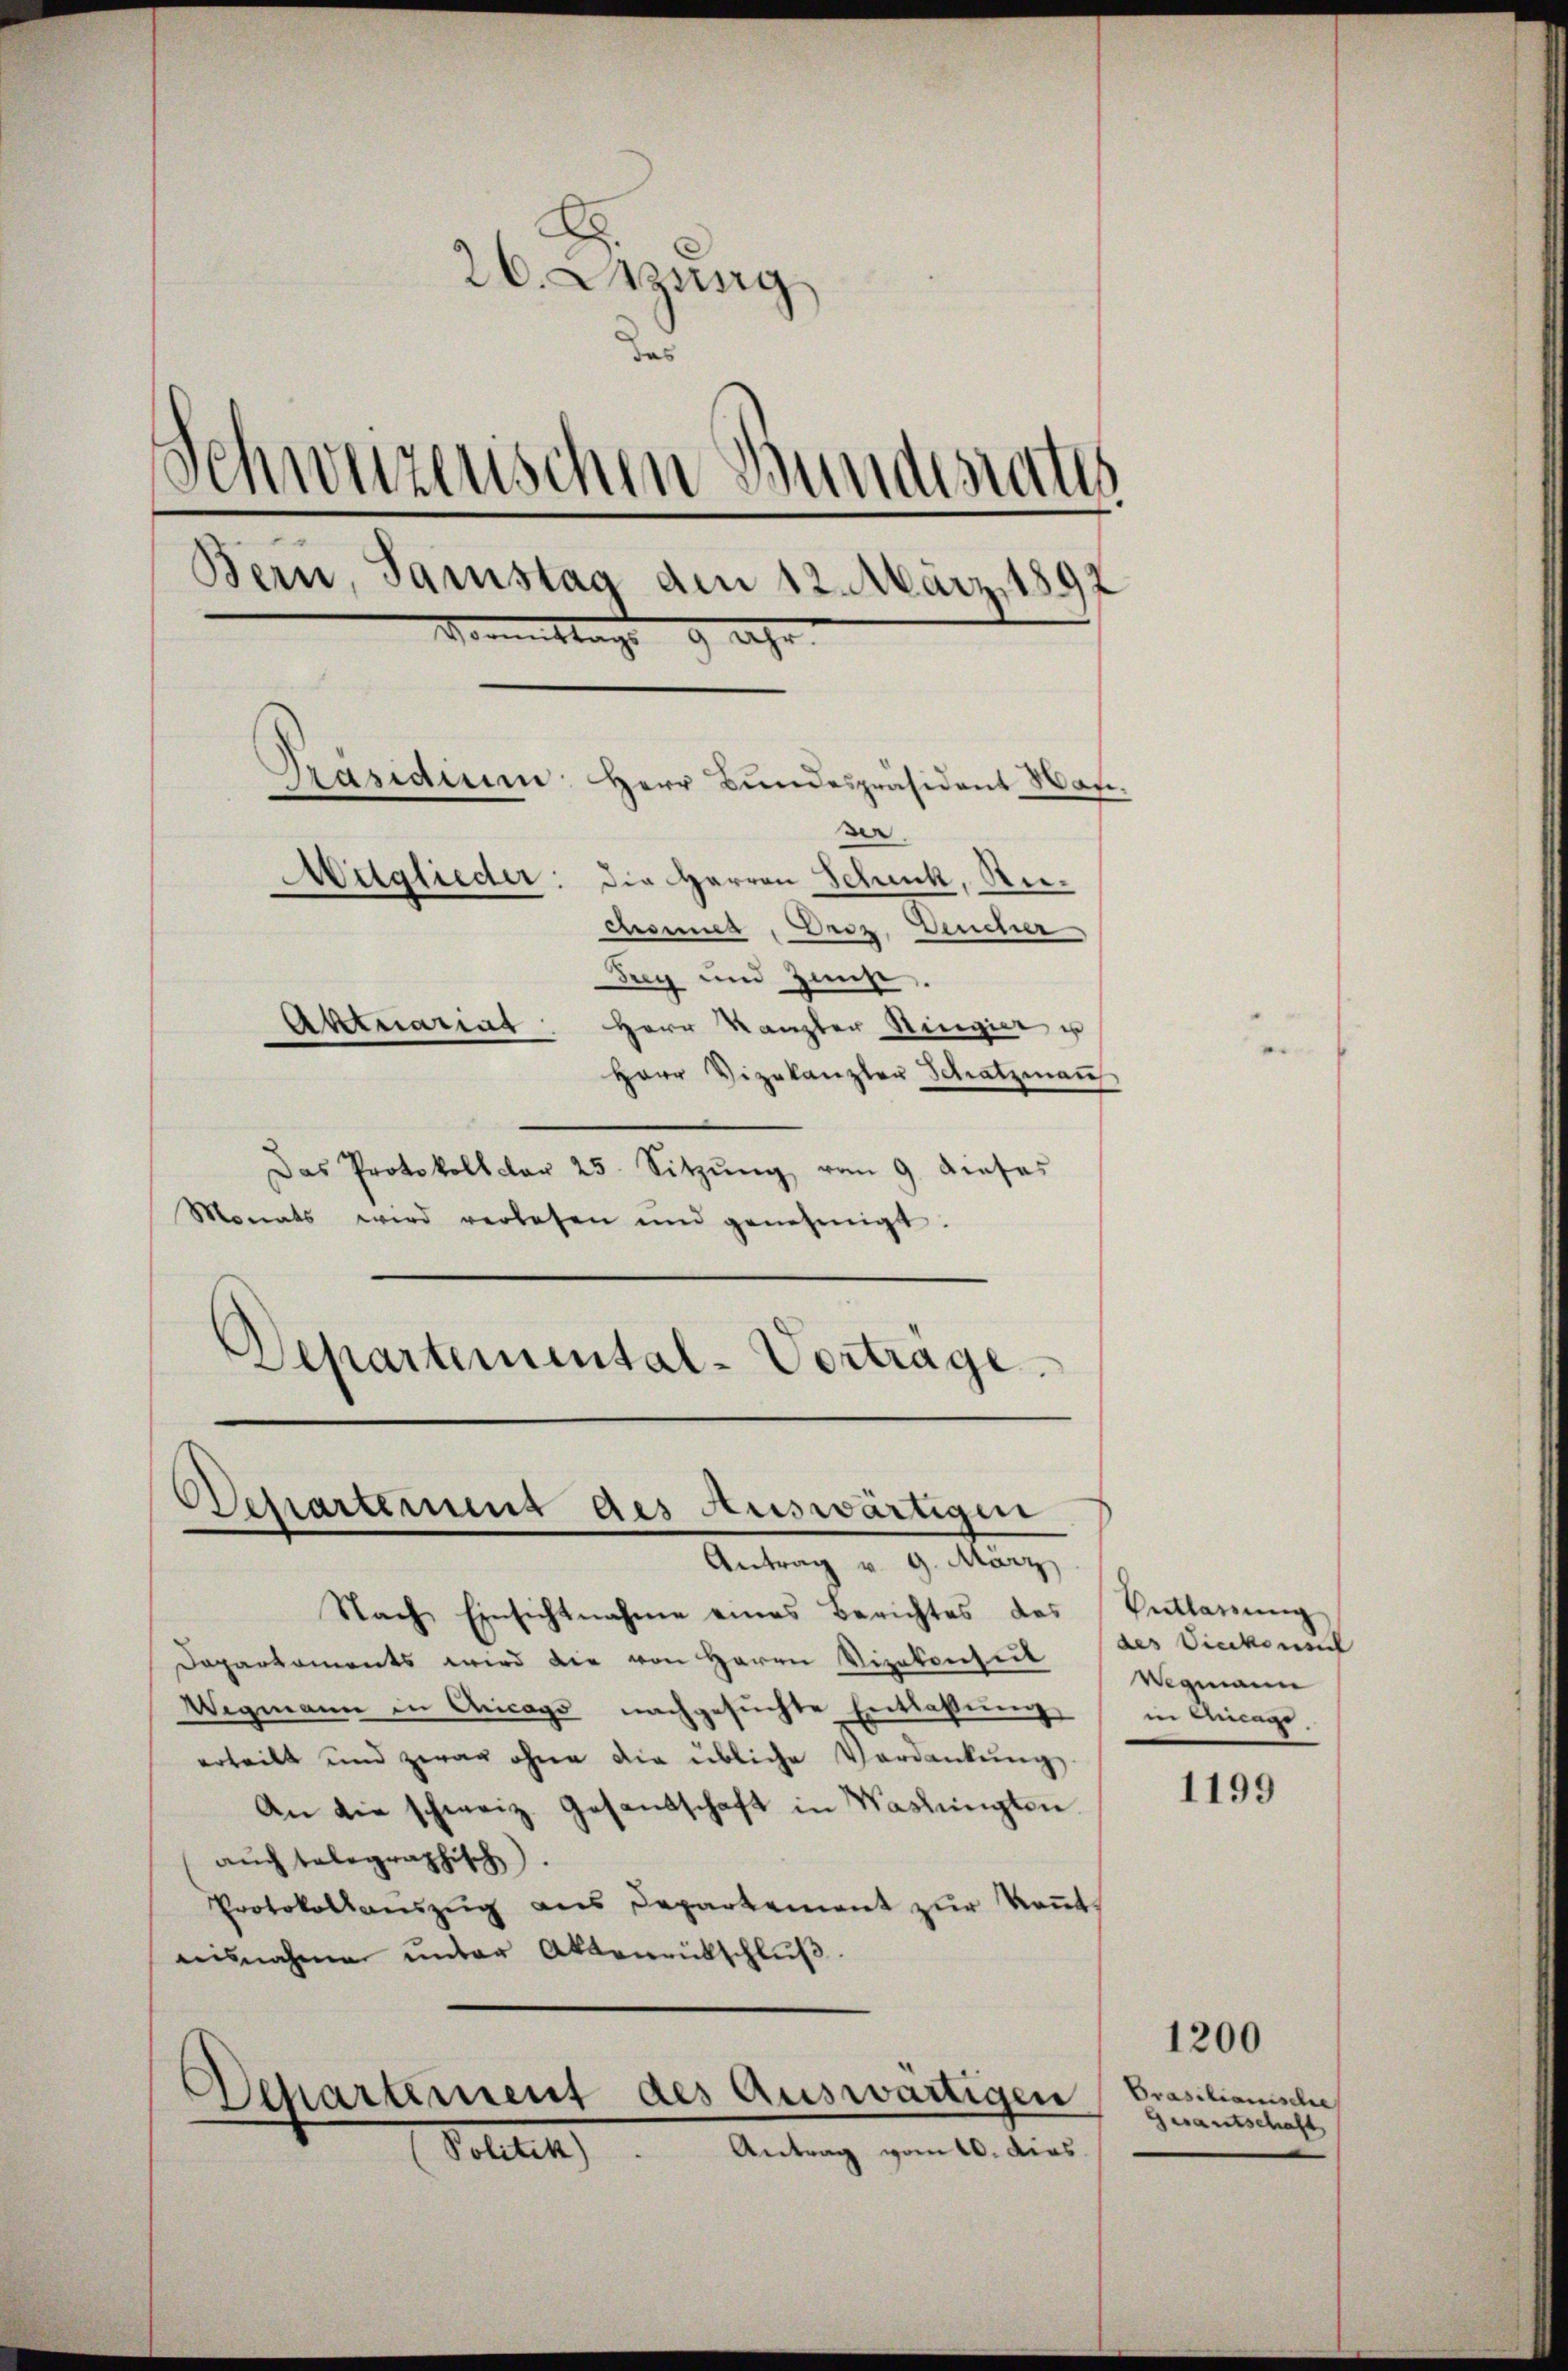
26. Sitzung
das
d
Schweizerischen Bundesrates
Bern, Samstag den 12. März 1897.
Vormittags 9 Uhr
Präsidium Herr Bundespräsident Wann
Mitglieder: die Herren Schenk, Rechsner, Proz. Deucher
Frey und Zunft.
Aktuariat Herr Kanzler Ringier u
Herr Vizekanzler Schatzman

Das Protokollator 25. Sitzŭng vom 9. dieses
Monats wird verlesen und genehmigt.
Departemental-Vortrage.

Nach Einsichtnahme eines Berichtes des
Daparkoments wird die von Herrn Vizekonseil (des Vickenit
Wegmann in Aricago nachgesuchte Entlassung
erteilt und zwar ohne die übliche Verdankŭng
An die schweiz. Gesandschaft in Waslingten.
auch telegraphisch.
Protokollaŭszŭg ans Departement zŭr Keṅt.
nisnahme unter Aktenrütschlŭβ

Departement des Auswärtigen
Antrag v. 9. März

Departement des Auswärtigen
Antrag vom 10. dies
Tellen

Entlassung
Wegmann
in Aicago

1199

Prasilianische
Gesantschaft

1200